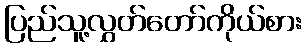
ပြည်သူ့လွှတ်တော်ကိုယ်စား